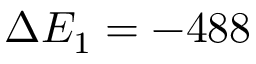
\Delta E _ { 1 } = - 4 8 8